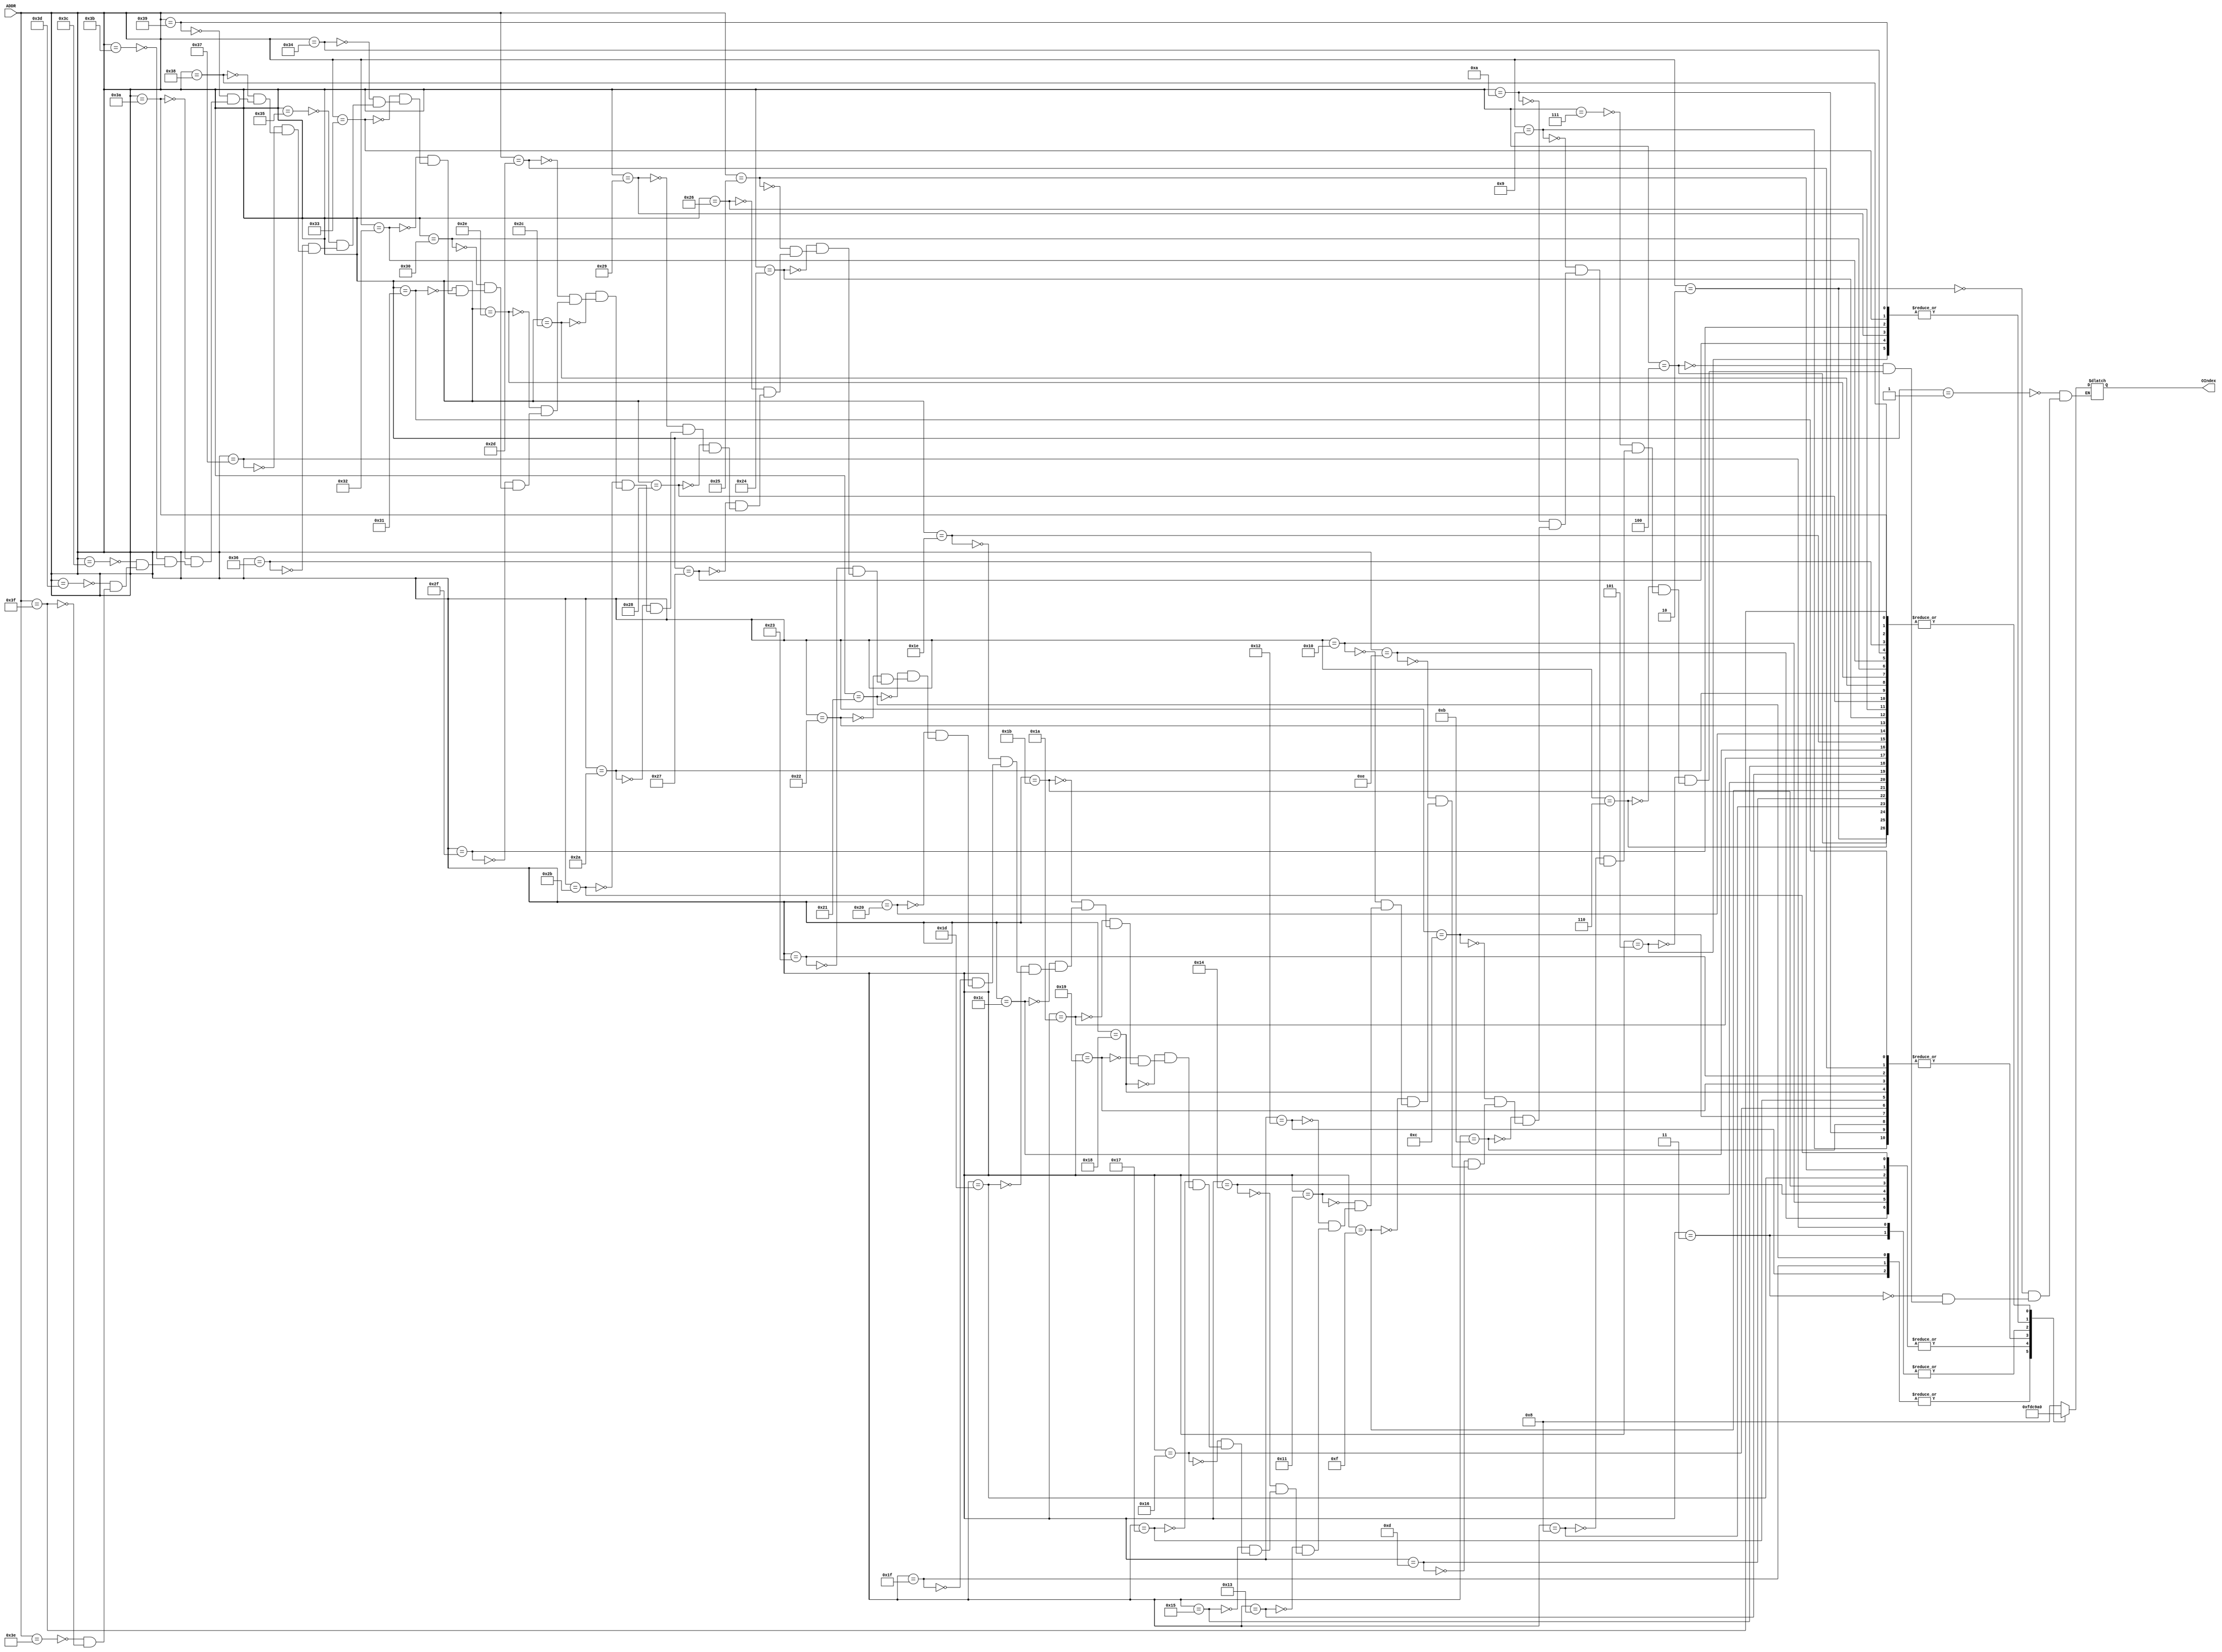
module ROM(ADDR,OIndex);
input[6:0] ADDR;
output[3:0] OIndex;
reg[3:0] OIndex;
always@(ADDR)
 begin
   case(ADDR)
				
				7'd1:OIndex<=4'b1000;  //1
				7'd2:OIndex<=4'b0000;  //
				7'd3:OIndex<=4'b1001;  //2
				7'd4:OIndex<=4'b0000;  //
				7'd5:OIndex<=4'b1010;  //3
				7'd6:OIndex<=4'b0000;  //
				7'd7:OIndex<=4'b1000;  //1
				7'd8:OIndex<=4'b0000;  //
				7'd9:OIndex<=4'b1100;  //5 
				7'd10:OIndex<=4'b1100; 
				7'd11:OIndex<=4'b1100; 
				7'd12:OIndex<=4'b1100; 			
				7'd13:OIndex<=4'b0000;  
				
				7'd14:OIndex<=4'b1101;  //6
				7'd15:OIndex<=4'b0000;  
				7'd16:OIndex<=4'b1101;  //6
				7'd17:OIndex<=4'b0000;  
				7'd18:OIndex<=4'b1111;  //1+
				7'd19:OIndex<=4'b0000;  
				7'd20:OIndex<=4'b1101;  //6
				7'd21:OIndex<=4'b0000; 
				7'd22:OIndex<=4'b1100;  //5
				7'd23:OIndex<=4'b1100;  
				7'd24:OIndex<=4'b1100;  
				7'd25:OIndex<=4'b1100;  
				7'd26:OIndex<=4'b0000;  				
	

				7'd27:OIndex<=4'b1101;  //6
				7'd28:OIndex<=4'b0000; 
				7'd29:OIndex<=4'b1101;  //6
				7'd30:OIndex<=4'b0000; 
				7'd31:OIndex<=4'b1111;  //1+
				7'd32:OIndex<=4'b0000; 
				7'd33:OIndex<=4'b1111;  //1+
				7'd34:OIndex<=4'b0000; 
			
				7'd35:OIndex<=4'b1100;  //5
				7'd36:OIndex<=4'b0000;  
				7'd37:OIndex<=4'b1101;  //6
				7'd38:OIndex<=4'b0000; 
				7'd39:OIndex<=4'b1010;  //3
				7'd40:OIndex<=4'b0000;  
				7'd41:OIndex<=4'b1010;  //3
				7'd42:OIndex<=4'b0000;  
		
				7'd43:OIndex<=4'b1101;  //6
				7'd44:OIndex<=4'b0000;  
				7'd45:OIndex<=4'b1100;  //5
				7'd46:OIndex<=4'b0000;  
				7'd47:OIndex<=4'b1010;  //3
				7'd48:OIndex<=4'b0000; 
				7'd49:OIndex<=4'b1100;  //5
				7'd50:OIndex<=4'b0000;  
				
				7'd51:OIndex<=4'b1010;  //3
				7'd52:OIndex<=4'b0000; 
				7'd53:OIndex<=4'b1000;  //1
				7'd54:OIndex<=4'b0000;  
				7'd55:OIndex<=4'b1001;  //2
				7'd56:OIndex<=4'b0000; 
				7'd57:OIndex<=4'b1010;  //3
				7'd58:OIndex<=4'b0000; 
				
				7'd59:OIndex<=4'b1000;  //1
				7'd60:OIndex<=4'b1000;  
				7'd61:OIndex<=4'b1000;   
				7'd62:OIndex<=4'b1000; 
				7'd63:OIndex<=4'b0000; 

    endcase
  end
endmodule